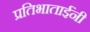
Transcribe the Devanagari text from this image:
प्रतिभाताईंनी